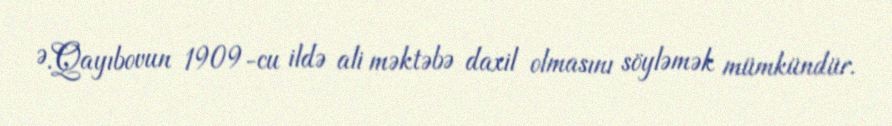
Ə.Qayıbovun 1909-cu ildə ali məktəbə daxil olmasını söyləmək mümkündür.